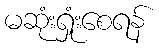
မဆုံးရှုံးစေရန်